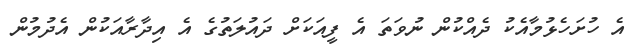
އެ ހުށަހެޅުމާއެކު ދެއްކުން ނުވަތަ އެ ފީއަކަށް ދައުލަތުގެ އެ އިދާރާއަކުން އެދުމުން